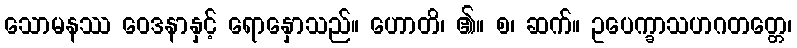
သောမနဿ ဝေဒနာနှင့် ရောနှောသည်။ ဟောတိ၊ ၏။ စ၊ ဆက်။ ဥပေက္ခာသဟဂတတ္တေ၊